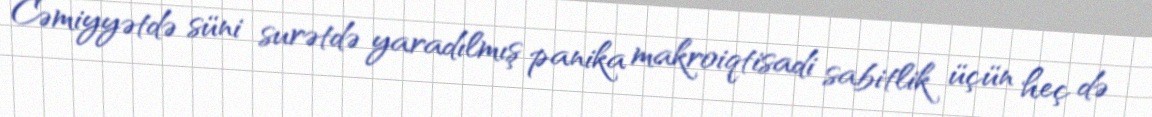
Cəmiyyətdə süni surətdə yaradılmış panika makroiqtisadi sabitlik üçün heç də